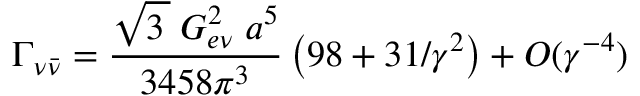
\Gamma _ { \nu { \bar { \nu } } } = \frac { \sqrt { 3 \, } \; G _ { e \nu } ^ { 2 } \; a ^ { 5 } } { 3 4 5 8 \pi ^ { 3 } } \left( 9 8 + 3 1 / \gamma ^ { 2 } \right) + { \cal O } ( \gamma ^ { - 4 } ) \;